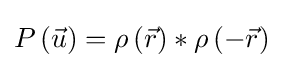
P\left({\vec {u}}\right)=\rho \left({\vec {r}}\right)*\rho \left(-{\vec {r}}\right)